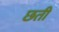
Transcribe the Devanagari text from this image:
छती